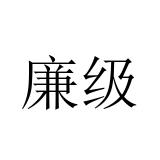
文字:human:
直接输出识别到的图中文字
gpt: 廉级